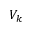
V _ { k }